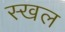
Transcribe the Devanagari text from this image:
स्खल